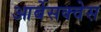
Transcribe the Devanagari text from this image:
आर्बेसक्वेस